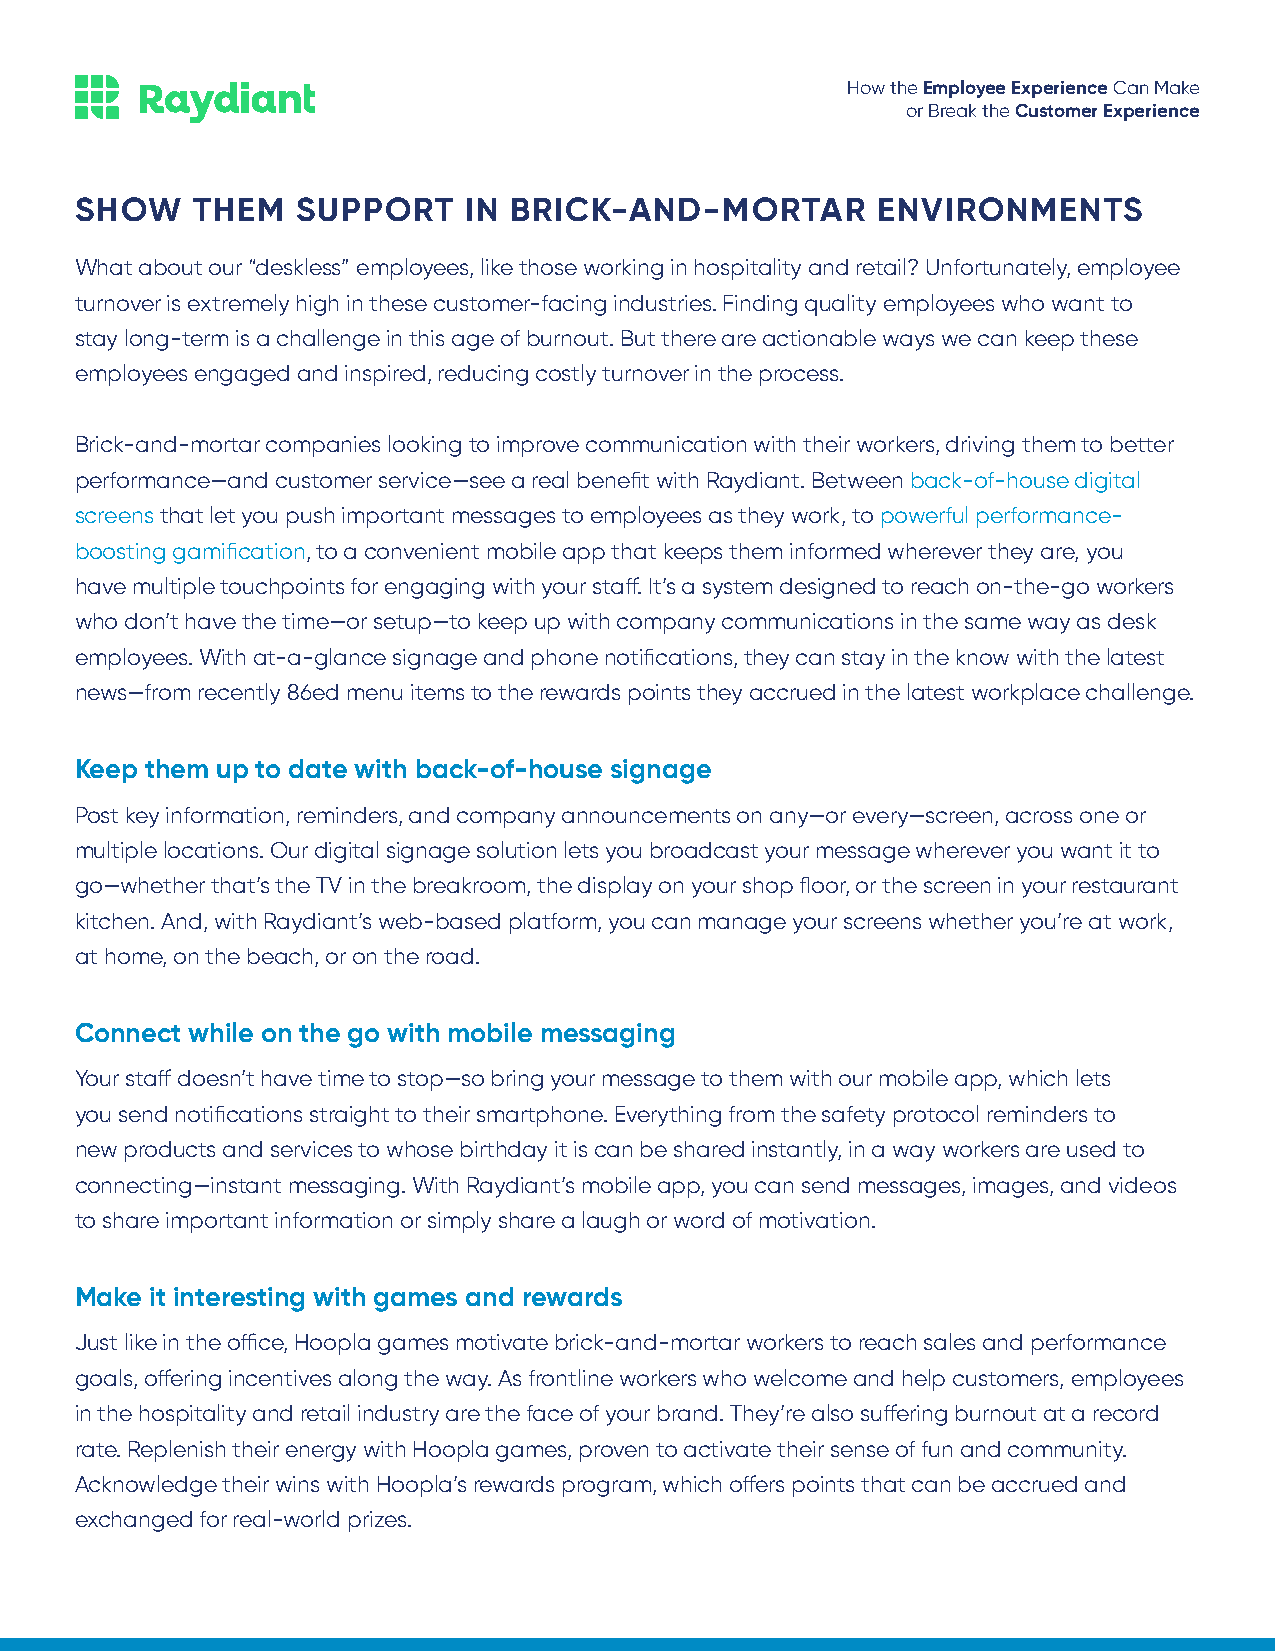
How the Employee Experience Can Make
 or Break the Customer Experience
 SHOW    THEM   SUPPORT    IN BRICK-AND-MORTAR        ENVIRONMENTS
 What about our “deskless” employees, like those working in hospitality and retail? Unfortunately, employee
 turnover is extremely high in these customer-facing industries. Finding quality employees who want to
 stay long-term is a challenge in this age of burnout. But there are actionable ways we can keep these
 employees engaged and inspired, reducing costly turnover in the process.
 Brick-and-mortar companies looking to improve communication with their workers, driving them to better
 performance—and customer service—see a real benefit with Raydiant. Between back-of-house digital
 screens that let you push important messages to employees as they work, to powerful performance-
 boosting gamification, to a convenient mobile app that keeps them informed wherever they are, you
 have multiple touchpoints for engaging with your staff. It’s a system designed to reach on-the-go workers
 who don’t have the time—or setup—to keep up with company communications in the same way as desk
 employees. With at-a-glance signage and phone notifications, they can stay in the know with the latest
 news—from recently 86ed menu items to the rewards points they accrued in the latest workplace challenge.
 Keep them up to date with back-of-house signage
 Post key information, reminders, and company announcements on any—or every—screen, across one or
 multiple locations. Our digital signage solution lets you broadcast your message wherever you want it to
 go—whether that’s the TV in the breakroom, the display on your shop floor, or the screen in your restaurant
 kitchen. And, with Raydiant’s web-based platform, you can manage your screens whether you’re at work,
 at home, on the beach, or on the road.
 Connect while on the go with mobile messaging
 Your staff doesn’t have time to stop—so bring your message to them with our mobile app, which lets
 you send notifications straight to their smartphone. Everything from the safety protocol reminders to
 new products and services to whose birthday it is can be shared instantly, in a way workers are used to
 connecting—instant messaging. With Raydiant’s mobile app, you can send messages, images, and videos
 to share important information or simply share a laugh or word of motivation.
 Make it interesting with games and rewards
 Just like in the office, Hoopla games motivate brick-and-mortar workers to reach sales and performance
 goals, offering incentives along the way. As frontline workers who welcome and help customers, employees
 in the hospitality and retail industry are the face of your brand. They’re also suffering burnout at a record
 rate. Replenish their energy with Hoopla games, proven to activate their sense of fun and community.
 Acknowledge their wins with Hoopla’s rewards program, which offers points that can be accrued and
 exchanged for real-world prizes.